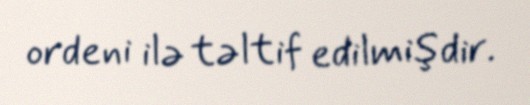
ordeni ilə təltif edilmişdir.